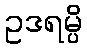
ဥဒရမ္ပိ